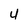
Character: 4